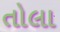
તોલા